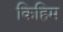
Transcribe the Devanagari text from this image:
किहिम